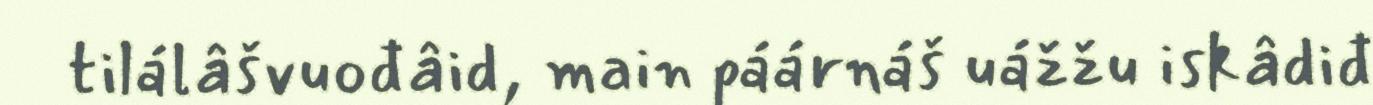
tilálâšvuođâid, main páárnáš uážžu iskâdiđ